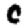
Digit: 0